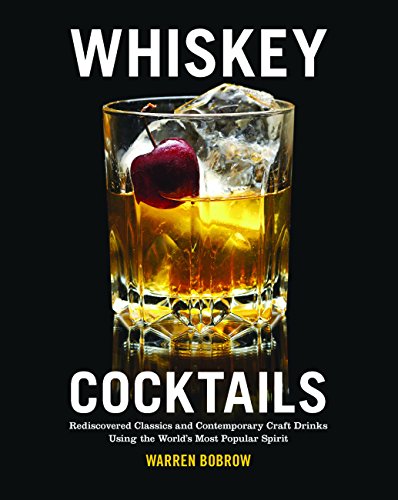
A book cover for Whiskey Cocktails: Rediscovered Classics and Contemporary Craft Drinks Using the World's Most Popular Spirit; Warren Bobrow; Cookbooks, Food & Wine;